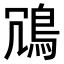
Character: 𫚲